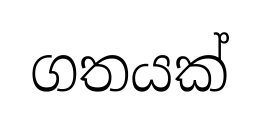
ගතයක්